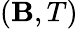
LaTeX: (\mathbf{B},T)